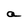
Character: a